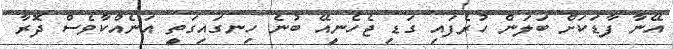
އޭނާ ފާޑަކަށް ބަލަން ހުރެފައި ގަޑި ޖެހެނީއޭ ބުނެ ހިނގައިގަތީ އަނެއްކާވެސް ދޮރާ